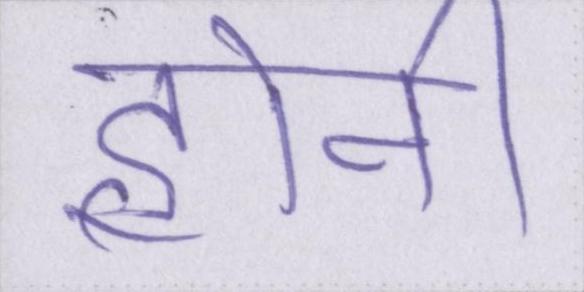
होनी